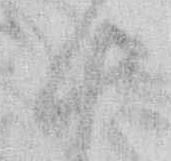
十